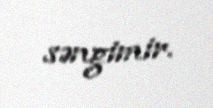
səngimir.